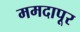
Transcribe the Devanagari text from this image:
ममदापूर